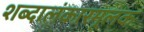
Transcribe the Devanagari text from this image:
शब्दालंकारमूलक